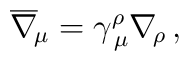
\overline\nabla_{\!\mu}=\gamma^\rho_{\,\mu}\nabla_{\!\rho} \, ,